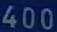
400